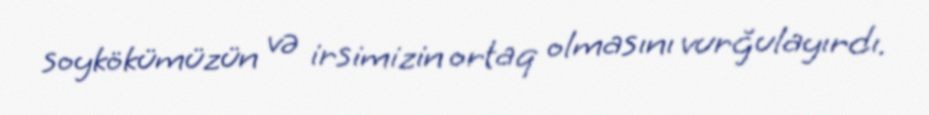
soykökümüzün və irsimizin ortaq olmasını vurğulayırdı.